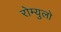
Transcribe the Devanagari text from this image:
रोम्युलो